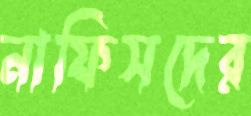
নাফিসদের